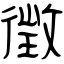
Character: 徴